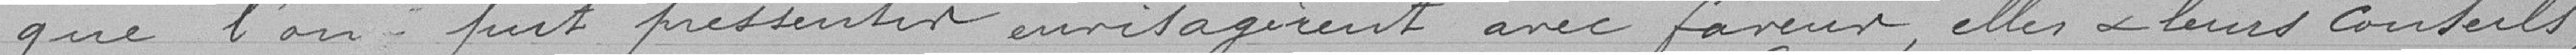
que l'on a fait présenter envisagent avec faveur, elle et leurs conseils